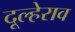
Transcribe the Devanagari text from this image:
दूल्हेराव